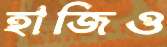
হাজিও